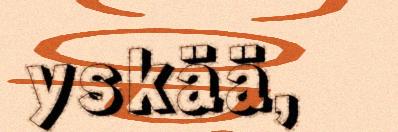
yskää,